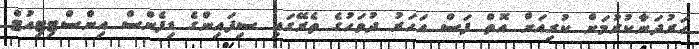
ހަރުދަނާކުރުމަށް ކުރިއަށް އޮތް ފަސް އަހަރު ދުވަހުގެ ތެރޭގައި ސިފައިންގެ ޑިފެންސް އިންސްޓިޓިއުޓް